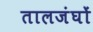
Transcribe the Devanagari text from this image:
तालजंघों